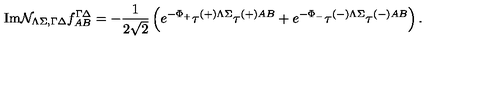
\mathrm { I m } { \cal N } _ { \Lambda \Sigma , \Gamma \Delta } f _ { A B } ^ { \Gamma \Delta } = - { \frac { 1 } { 2 \sqrt { 2 } } } \left( e ^ { - \Phi _ { + } } \tau ^ { \left( + \right) \Lambda \Sigma } \tau ^ { \left( + \right) A B } + e ^ { - \Phi _ { - } } \tau ^ { \left( - \right) \Lambda \Sigma } \tau ^ { \left( - \right) A B } \right) .